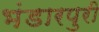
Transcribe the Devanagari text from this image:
भंडारपुरी